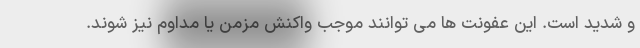
و شدید است. این عفونت ها می توانند موجب واکنش مزمن یا مداوم نیز شوند.